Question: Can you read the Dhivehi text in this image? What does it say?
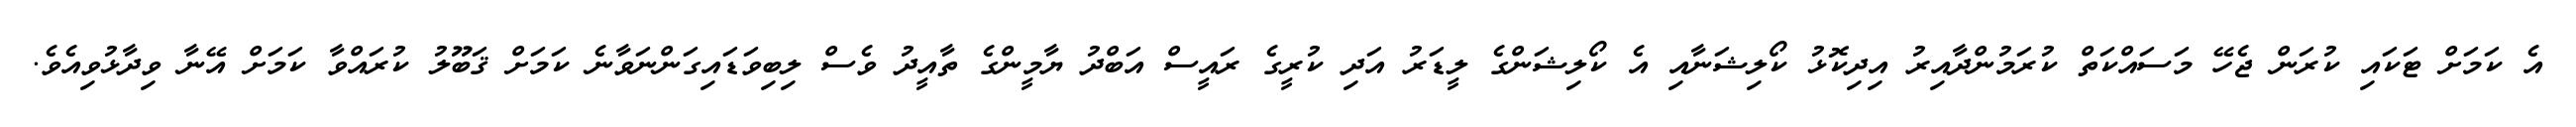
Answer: އެ ކަމަށް ޓަކައި ކުރަން ޖެހޭ މަސައްކަތް ކުރަމުންދާއިރު އިދިކޮޅު ކޯލިޝަނާއި އެ ކޯލިޝަންގެ ލީޑަރު އަދި ކުރީގެ ރައީސް އަބްދު ޔާމީންގެ ތާއީދު ވެސް ލިބިވަޑައިގަންނަވާނެ ކަމަށް ޤަބޫލު ކުރައްވާ ކަމަށް އޭނާ ވިދާޅުވިއެވެ.